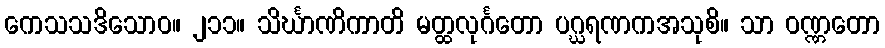
ကေသသဒိသောဝ။ ၂၁၁။ သိင်္ဃာဏိကာတိ မတ္ထလုင်္ဂတော ပဂ္ဃရဏကအသုစိ။ သာ ဝဏ္ဏတော